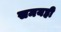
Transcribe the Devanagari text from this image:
समयही